Vaccination report Assam 1874-1896 - 1874-1896
Year: 1874
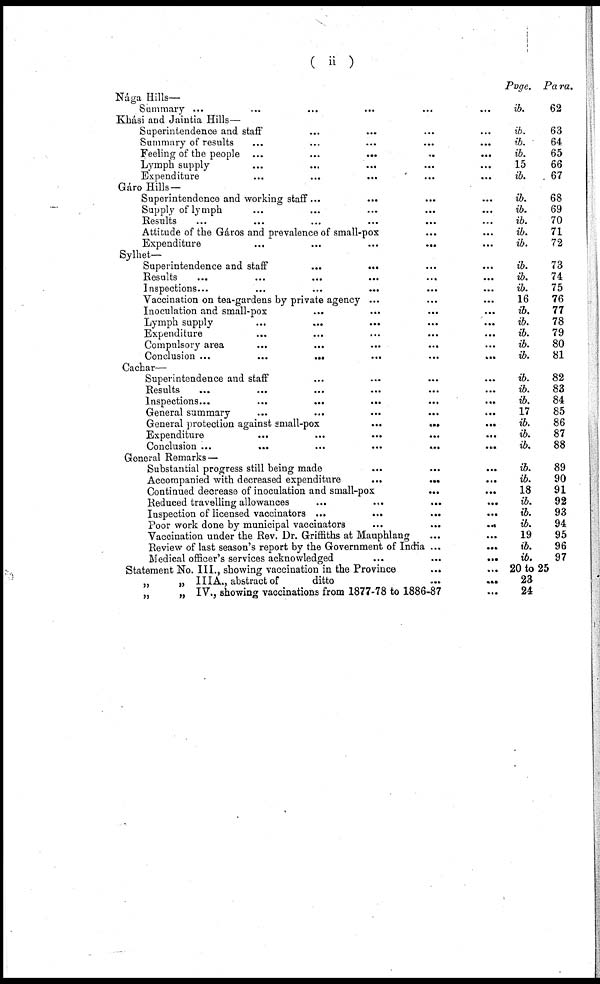
(ii)
Nága Hills—
Summary... ... ... ... ...
Khási and Jaintia Hills—
Superintendence and staff... ... ... ... ...
Summary of
results...
...
...
...
Feeling of the people... ... ... ...
Lymph supply... ... ... ...
Expenditure... ... ...
Gáro Hills—
Superintendence and working staff... ... ... ...
Supply of lymph... ... ...
Results... ... ... ...
Attitude of the Gáros and prevalence of small-pox... ...
Expenditure...
...
...
...
...
Sylhet—
Superintendence and
staff...
...
...
Results...
...
...
...
...
Inspections...
...
...
...
...
Vaccination on tea-gardens by private agency... ... ... ...
Inoculation and small-pox... ... ...
Lymph supply... ... ...
Expenditure... ...
Compulsory
area...
...
...
Conclusion...
...
...
...
...
Cachar—
Superintendence and staff... ... ... ...
Results...
...
...
...
Inspections...
...
...
...
...
...
General
summary...
...
General protection against
small-pox...
...
...
...
Expenditure... ... ...
Conclusion...
...
...
General Remarks—
Substantial progress still being made... ... ... ...
Accompanied with decreased
expenditure...
...
...
...
...
Continued decrease of inoculation and
small-pox...
...
...
Reduced travelling
allowances...
...
...
Inspection of licensed
vaccinators...
...
...
Poor work done by municipal
vaccinators...
...
...
Vaccination under the Rev. Dr. Griffiths at
Mauphlang...
...
...
Review of last season's report by the Government of India... ... ... ...
Medical officer's services
acknowledged...
...
...
Statement No. III., showing vaccination in the Province... ... ...
„
„ IIIA., abstract of
ditto...
...
„
„ IV., showing vaccinations from 1877-78 to 1886-87
Page.
ib.
ib.
ib.
ib.
15
ib.
ib.
ib.
ib.
ib.
ib.
ib.
ib.
ib.
16
ib.
ib.
ib.
ib.
ib.
ib.
ib.
ib.
17
ib.
ib.
ib.
ib.
ib.
18
ib.
ib.
ib.
19
ib.
ib.
20 to 25
23
24
Para.
62
63
64
65
66
67
68
69
70
71
72
73
74
75
76
77
78
79
80
81
82
83
84
85
86
87
88
89
90
91
92
93
94
95
96
97